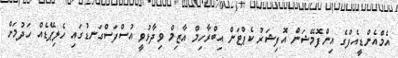
އެމްއެންޑީއެފްގެ އިންފޮމޭޝަން އޮފިޝަރު ކެޕްޓަން އިބްރާހިމް އާޒިމް ވިދާޅުވީ އުސްފަސްގަނޑުގައި ހެލިޕޭޑެއް ހަދުމަށް